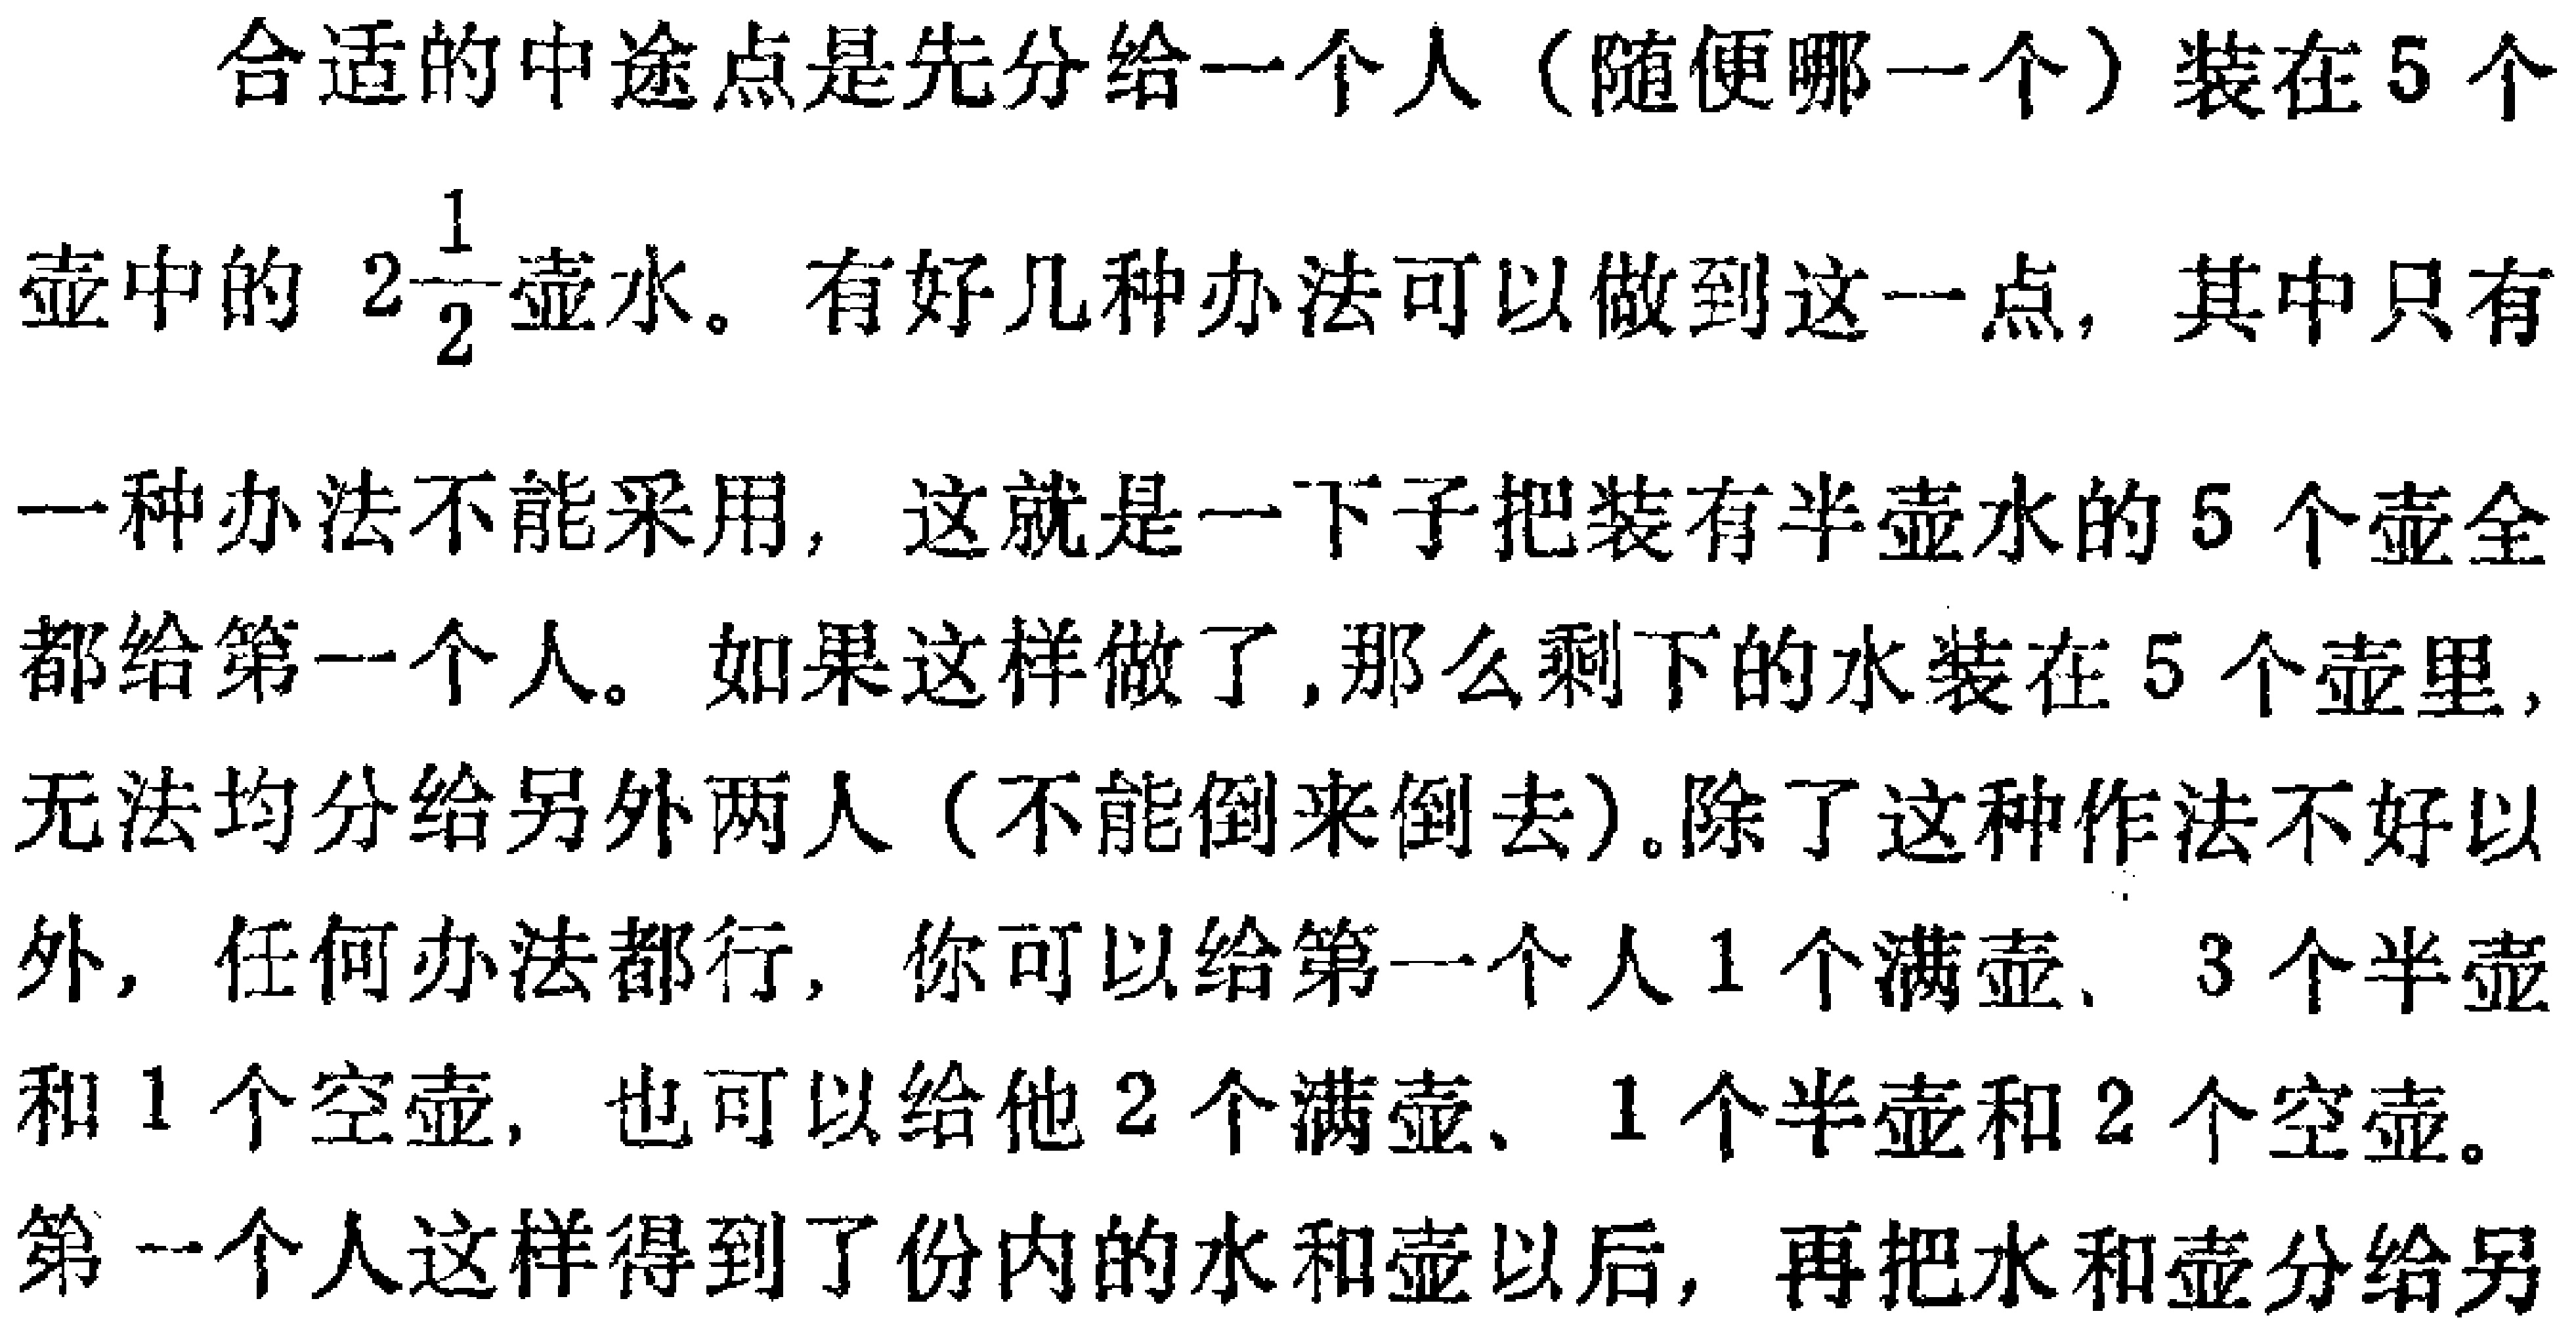
合适的中途点是先分给一个人（随便哪一个）装在5个
壶中的 \(2\frac{1}{2}\)壶水。有好几种办法可以做到这一点，其中只有
一种办法不能采用，这就是一下子把装有半壶水的5个壶全
都给第一个人。如果这样做了,那么剩下的水装在5个壶里,
无法均分给另外两人（不能倒来倒去）。除了这种作法不好以
外，任何办法都行，你可以给第一个人1个满壶、3个半壶
和1个空壶, 也可以给他2个满壶、1个半壶和2个空壶。
第一个人这样得到了份内的水和壶以后, 再把水和壶分给另